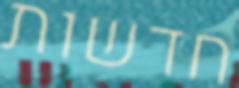
חדשות